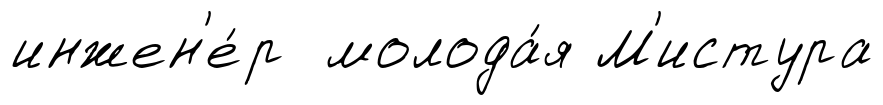
инжен'е́р молода́я М'истура